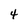
Character: 4